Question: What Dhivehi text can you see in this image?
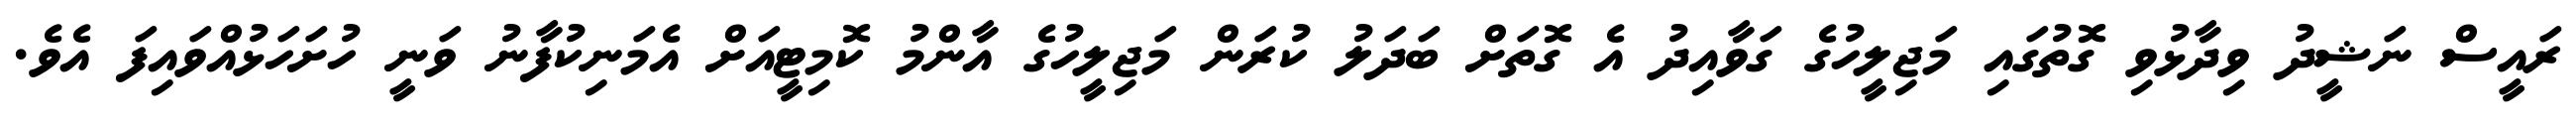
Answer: ރައީސް ނަޝީދު ވިދާޅުވި ގޮތުގައި މަޖިލީހުގެ ގަވާއިދު އެ ގޮތަށް ބަދަލު ކުރަން މަޖިލީހުގެ އާންމު ކޮމިޓީއަށް އެމަނިކުފާނު ވަނީ ހުށަހަޅުއްވައިފަ އެވެ.